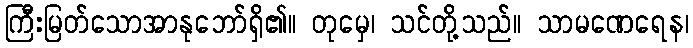
ကြီးမြတ်သောအာနုဘော်ရှိ၏။ တုမှေ၊ သင်တို့သည်။ သာမဏေရေန၊